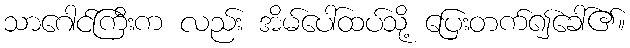
သာဂေါင်ကြီးက လည်း အိမ်ပေါ်ထပ်သို့ ပြေးတက်၍ခေါ်၏။